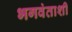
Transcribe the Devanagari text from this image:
भगवंताशी